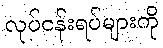
လုပ်ငန်းရပ်များကို